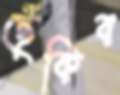
ছেঁকিব